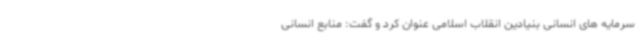
سرمایه های انسانی بنیادین انقلاب اسلامی عنوان کرد و گفت: منابع انسانی